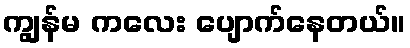
ကျွန်မ ကလေး ပျောက်နေတယ်။